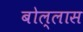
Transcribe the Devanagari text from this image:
बोल्लास